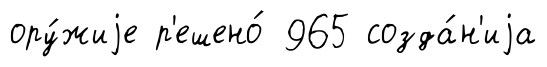
ору́жиjе р'ешено́ 965 созда́н'иjа